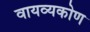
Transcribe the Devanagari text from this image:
वायव्यकोण